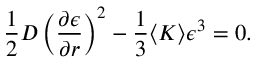
\frac { 1 } { 2 } D \left( \frac { \partial \epsilon } { \partial r } \right) ^ { 2 } - \frac { 1 } { 3 } \langle K \rangle \epsilon ^ { 3 } = 0 .